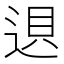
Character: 䢙